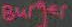
Burger